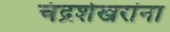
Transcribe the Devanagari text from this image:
चंद्रशेखरांना